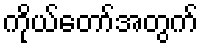
ကိုယ်တော်အတွက်